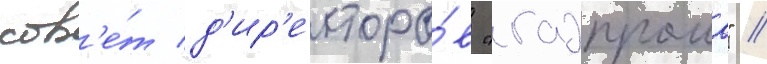
сов'е́т д'ир'екторо́в "газпрома" //